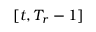
[ t , T _ { r } - 1 ]